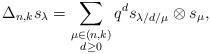
LaTeX: \begin{align*}\Delta _{n,k}s_{\lambda }=\sum_{\substack{ \mu \in (n,k) \\ d\geq 0}}q^{d}s_{\lambda /d/\mu }\otimes s_{\mu }, \end{align*}